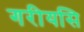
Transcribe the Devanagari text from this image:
गरीयसि